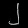
Digit: ၂